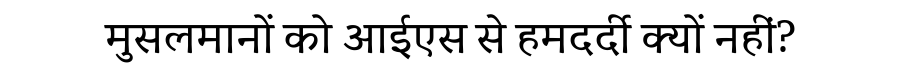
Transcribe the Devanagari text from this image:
मुसलमानों को आईएस से हमदर्दी क्यों नहीं?